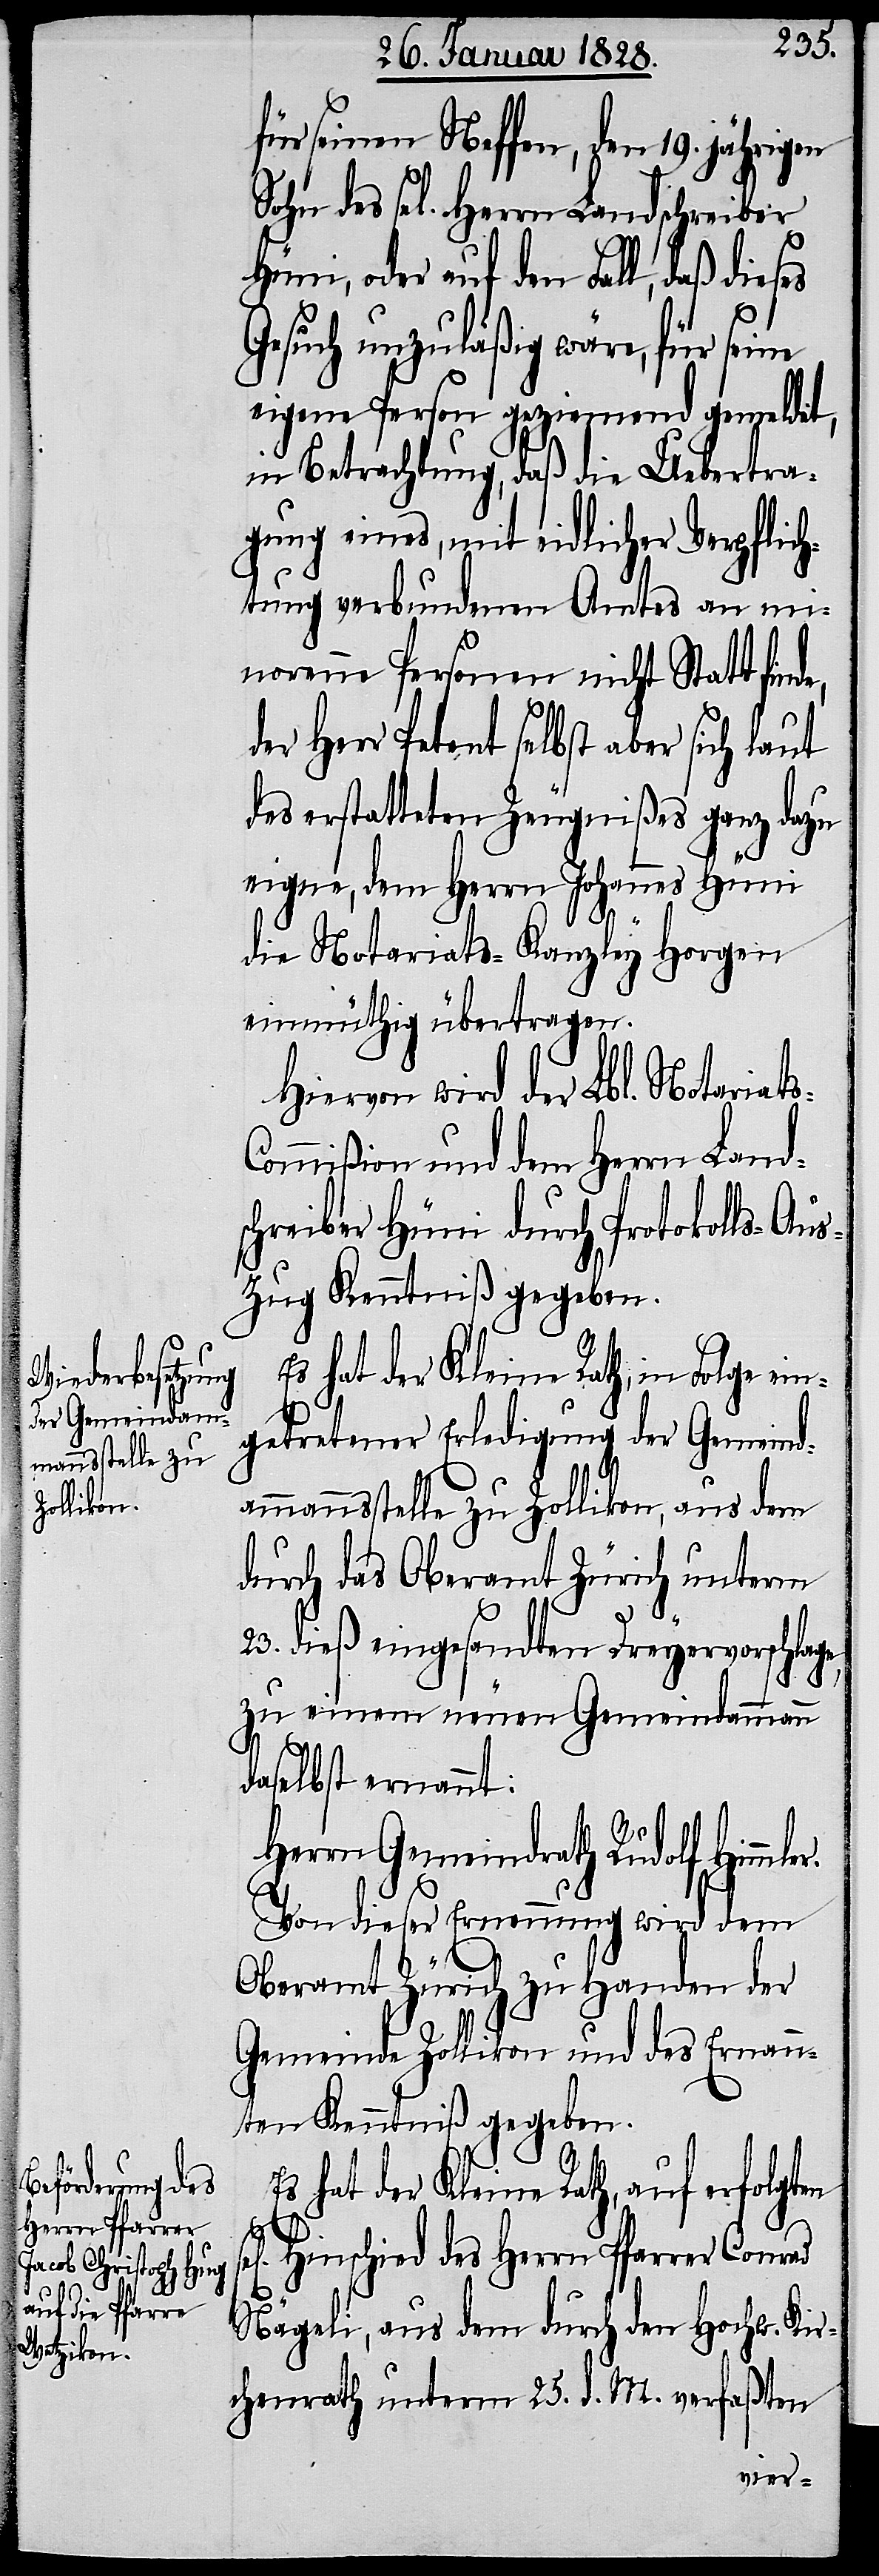
für seinen Neffen, den 19. jährigen
Sohn des sel. Herrn Landschreiber
oder auf den Fall, daß dieses
Gesuch unzuläßig wäre, für seine
eigene Person geziemend gemeldet,
in Betrachtung, daß die Uebertra¬
gung eines, mit eidlicher Verpflich¬
tung verbundenen Amtes an mi¬
norenne Personen nicht Statt fin¬
rfolgten sel[ig¬
des erstatteten Zeugniß ganz dazu
er.
eigne, dem Herrn Johannes Hüni
de,
die Notariats-Kanzley Horgen
einmüthig übertragen.
Hiervon wird der Lbl. Notariat¬
ommißion und dem Herrn Lands¬
chreiber Hüni durch Protokolls-Aus¬
zug Kenntniß gegeben.
Es hat der Kleine Rath, auf e¬
ngetretener Erledigung der Gemeind¬
ammannsstelle zu Zollikon, aus dem
durch das Oberamt Zürich unterm
23. dieß eingesandten Dreyervorschlage,
zu einem neuen Gemeindammann
daselbst ernannt:
Herrn Gemeindrath Rudolf Himml¬
Von dieser Ernennung wird dem
Oberamt Zürich zu Handen der
Gemeinde Zollikon und des Ernann¬
ten Kenntniß gegeben.
en] Hinschied des Herrn Pfarrer Conrad
Nägeli, aus dem durch den Hochw. Kir¬
chenrath unterm 23. d. M. verfaßten